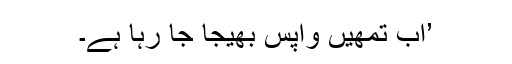
’اب تمھیں واپس بھیجا جا رہا ہے۔